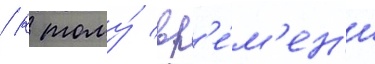
/ к тому́ вр'е́м'ен'и